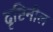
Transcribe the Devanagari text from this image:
दृष्टिनील